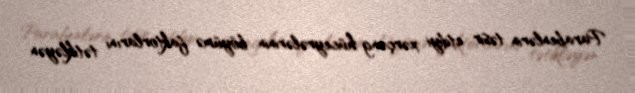
Parabenlərin təsir etdiyi xərçəng hüceyrələrinin böyümə faktorlarını tətikləyən